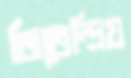
জিতেন্দ্রিয়